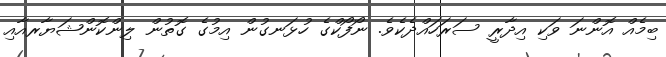
ބިމެއް އޮންނަ ވަކި އިދާރީ ސަރަހައްދެކެވެ. ނޯފޯކްގެ ހުޅަނގުން އިމުގެ ގޮތުން ލިންކޮންޝަޔާރއާއި